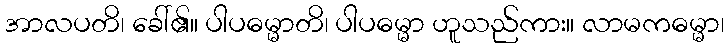
အာလပတိ၊ ခေါ်၏။ ပါပဓမ္မာတိ၊ ပါပဓမ္မာ ဟူသည်ကား။ လာမကဓမ္မာ၊